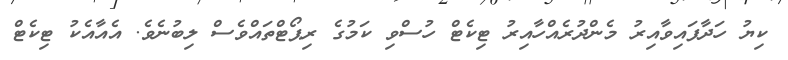
ކިޔު ހަދާފައިވާއިރު މެންދުރެއްހާއިރު ޓިކެޓް ހުސްވި ކަމުގެ ރިޕޯޓްތައްވެސް ލިބުނެވެ. އެއާއެކު ޓިކެޓް